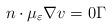
LaTeX: \begin{align*}n\cdot\mu_{\varepsilon}\nabla v=0\Gamma\end{align*}